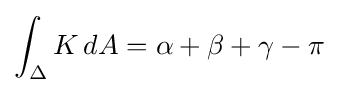
\int _{\Delta }K\,dA=\alpha +\beta +\gamma -\pi